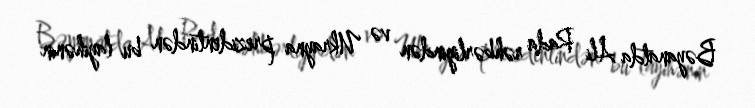
Bəyanatda Ali Rada rəhbərliyindən və Ukrayna prezidentindən bu layihənin